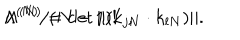
LaTeX: \Lambda ^ { ( N ) } / ( N - 1 ) ! \; \; , \hspace { 1 0 m m } \Lambda ^ { ( N ) } = \det \| ( k _ { j N } \cdot k _ { l N } ) \| .